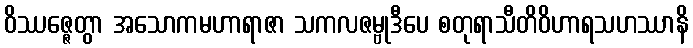
ဝိဿဇ္ဇေတွာ အသောကမဟာရာဇာ သကလဇမ္ဗုဒီပေ စတုရာသီတိဝိဟာရသဟဿာနိ